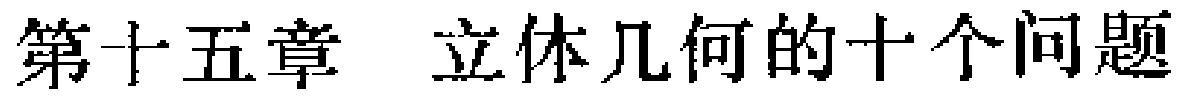
第十五章  立体几何的十个问题